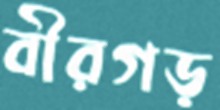
বীরগড়